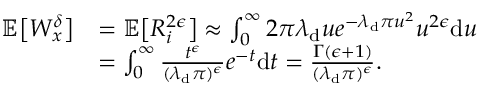
\begin{array} { r l } { \mathbb { E } \big [ W _ { x } ^ { \delta } \big ] } & { = \mathbb { E } \big [ R _ { i } ^ { 2 \epsilon } \big ] \approx \int _ { 0 } ^ { \infty } 2 \pi \lambda _ { \mathrm { d } } u e ^ { - \lambda _ { \mathrm { d } } \pi u ^ { 2 } } u ^ { 2 \epsilon } \mathrm { d } u } \\ & { = \int _ { 0 } ^ { \infty } \frac { t ^ { \epsilon } } { ( \lambda _ { \mathrm { d } } \pi ) ^ { \epsilon } } e ^ { - t } \mathrm { d } t = \frac { \Gamma ( \epsilon + 1 ) } { ( \lambda _ { \mathrm { d } } \pi ) ^ { \epsilon } } . } \end{array}